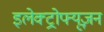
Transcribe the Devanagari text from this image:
इलेक्ट्रोफ्यूज़न